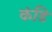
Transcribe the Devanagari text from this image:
कंडि